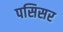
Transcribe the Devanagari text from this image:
पसिसर